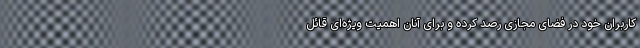
کاربران خود در فضای مجازی رصد کرده و برای آنان اهمیت ویژه‌ای قائل